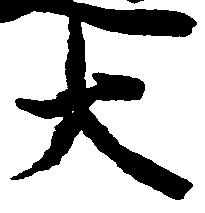
大